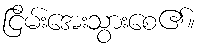
ငြိမ်းအေးသွားစေ၏။